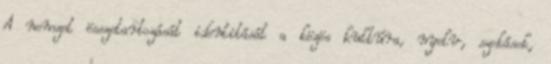
A nemzet összetartozását identitását a közös kultúra, nyelv, szokások,